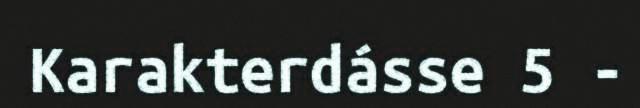
Karakterdásse 5 -